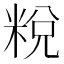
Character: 𥹲